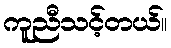
ကူညီသင့်တယ်။